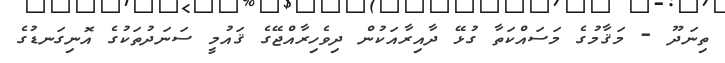
ތިނަދޫ - މަޤާމުގެ މަސައްކަތާ ގުޅޭ ދާއިރާއަކުން ދިވެހިރާއްޖޭގެ ޤައުމީ ސަނަދުތަކުގެ އޮނިގަނޑުގެ